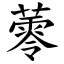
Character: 蕶